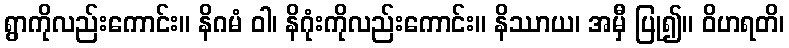
ရွာကိုလည်းကောင်း။ နိဂမံ ဝါ၊ နိဂုံးကိုလည်းကောင်း။ နိဿာယ၊ အမှီ ပြု၍။ ဝိဟရတိ၊